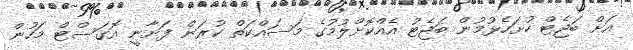
އަށް ބަޖެޓް ހުށަހެޅުމުން ބަޖެޓު އެއްކޮށްލުމުގެ މަސައްކަތް ކުރަން ފަށާނީ އޮގަސްޓް މަހުން